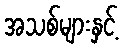
အသစ်များနှင့်